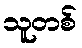
သူတစ်